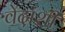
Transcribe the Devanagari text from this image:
वेदांशीं